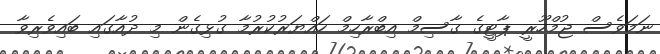
ނަމަވެސް ޖުމްހޫރީ ޕާޓީގެ ގާސިމް އިބްރާހިމް ހައްޔަރުކުރުމާ ގުޅިގެން މި ދުއާގައި ބައިވެރިވާ